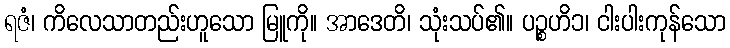
ရဇံ၊ ကိလေသာတည်းဟူသော မြူကို။ အာဒေတိ၊ သုံးသပ်၏။ ပဉ္စဟိ၁၊ ငါးပါးကုန်သော